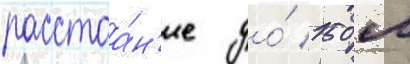
расстоа́н'ие до́ 150 м